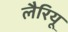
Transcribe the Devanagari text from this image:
लैरियू